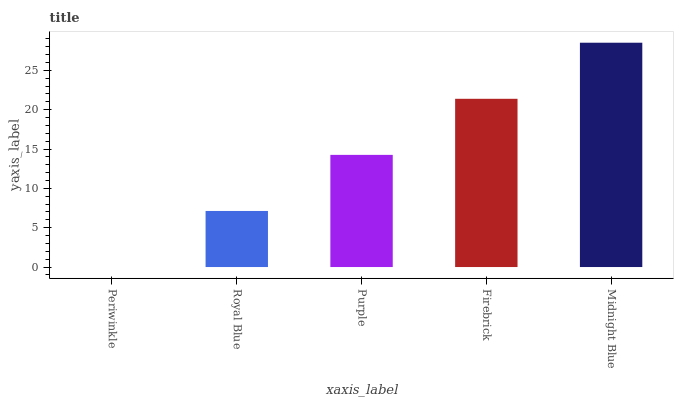
| xaxis_label | bars |
 | --- | --- |
 | Periwinkle | 0 |
 | Royal Blue | 7.13 |
 | Purple | 14.3 |
 | Firebrick | 21.4 |
 | Midnight Blue | 28.5 |